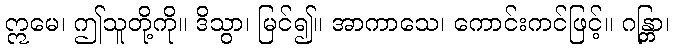
ဣမေ၊ ဤသူတို့ကို။ ဒိသွာ၊ မြင်၍။ အာကာသေ၊ ကောင်းကင်ဖြင့်။ ဂန္တြာ၊